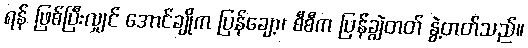
ရန် ဖြစ်ပြီးလျှင် အောင်ချိုက ပြန်ချော့၊ စီစီက ပြန်ချွဲတတ် နွဲ့တတ်သည်။